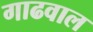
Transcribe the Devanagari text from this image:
गाढवाल